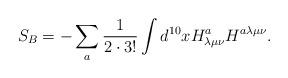
LaTeX: \begin{align*}S_B = - \sum_a \frac{1}{2 \cdot 3!}\int d^{10}x H^a_{\lambda \mu \nu} H^{a \lambda \mu \nu}.\end{align*}